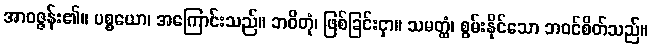
အာဝဇ္ဇန်း၏။ ပစ္စယော၊ အကြောင်းသည်။ ဘဝိတုံ၊ ဖြစ်ခြင်းငှာ။ သမတ္ထံ၊ စွမ်းနိုင်သော ဘဝင်စိတ်သည်။